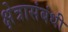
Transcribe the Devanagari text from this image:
क्षेत्रासंबंधी